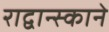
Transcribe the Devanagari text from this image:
राद्वान्स्काने